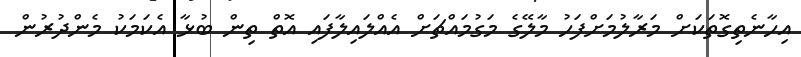
އިހާނެތިގޮތަކަށް މަރާލުމަށްފަހު މާލޭގެ މަގުމައްޗަށް އެއްލައިލާފައި އޮތް ތިން ބުޅާ އެކަމަކު މެންދުރުން